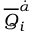
{ \overline { { Q } } } _ { i } ^ { \dot { \alpha } }